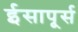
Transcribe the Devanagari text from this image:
ईसापूर्स